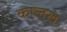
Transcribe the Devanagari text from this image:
कालखं